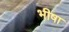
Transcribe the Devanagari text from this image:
भीषा